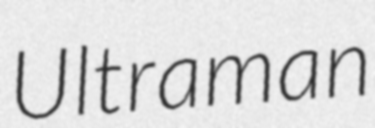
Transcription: Ultraman